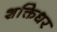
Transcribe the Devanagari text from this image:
शक्तिधर